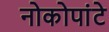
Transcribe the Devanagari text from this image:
नोकोपांटे